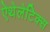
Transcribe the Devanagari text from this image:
ऐथेलेटिक्स